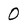
Character: 0